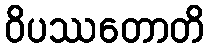
ဝိပဿတောတိ